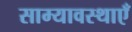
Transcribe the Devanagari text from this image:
साम्यावस्थाएँ